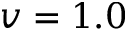
v = 1 . 0